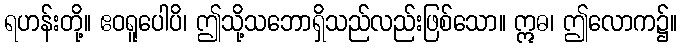
ရဟန်းတို့။ ဧဝရူပေါပိ၊ ဤသို့သဘောရှိသည်လည်းဖြစ်သော။ ဣဓ၊ ဤလောက၌။